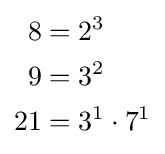
{\begin{aligned}8&=2^{3}\\9&=3^{2}\\21&=3^{1}\cdot 7^{1}\end{aligned}}